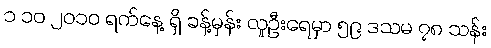
၁ ၁၀ ၂၀၁၀ ရက်နေ့ ရှိ ခန့်မှန်း လူဦးရေမှာ ၅၉ ဒသမ ၇၈ သန်း